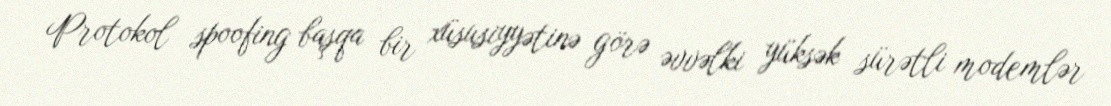
Protokol spoofing başqa bir xüsusiyyətinə görə əvvəlki yüksək sürətli modemlər